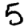
Digit: 5